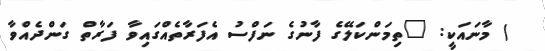
) މާނައަކީ: "ތިމަންކަލޭގެ ފާނުގެ ނަފްސު އެފަރާތެއްގައިވާ ފަރާތް ގަންދެއްވާ